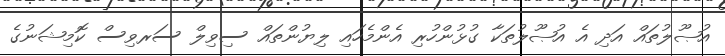
އުޞޫލުތައް އަދި އެ އުޞޫލުތަކާ ގުޅުންހުރި އެންމެހައި ލިޔުންތައް ސިވިލް ސަރވިސް ކޮމިޝަނުގެ